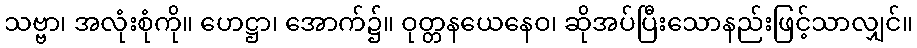
သဗ္ဗာ၊ အလုံးစုံကို။ ဟေဋ္ဌာ၊ အောက်၌။ ဝုတ္တနယေနေဝ၊ ဆိုအပ်ပြီးသောနည်းဖြင့်သာလျှင်။